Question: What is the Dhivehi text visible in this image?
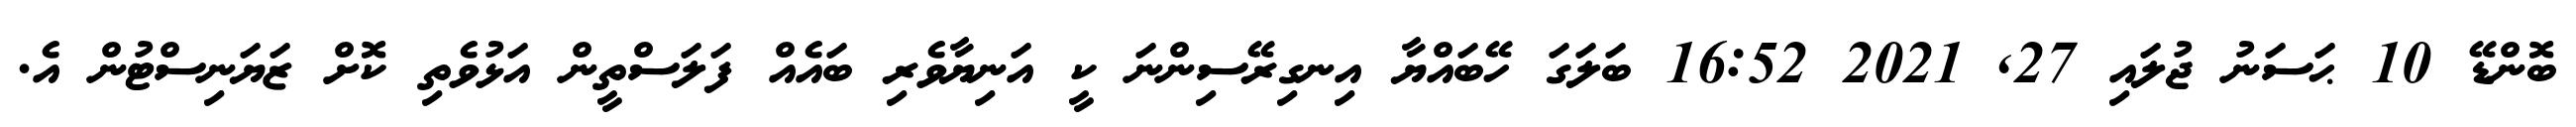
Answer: ބޮންޑޭ 10 ޙަސަނު ޖުލައި 27, 2021 16:52 ބަލަގަ ހޭބައްޔާ އިނގިރޭސިންނަ ކީ އަނިޔާވެރި ބައެއް ފަލަސްތީން އަޅުވެތި ކޮށް ޒަޔަނިސްޓުން އެ.